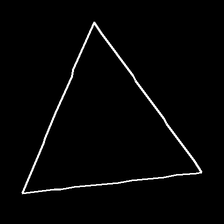
Glyph: convergence